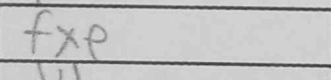
Transcription: fxe